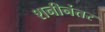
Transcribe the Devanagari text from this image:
शनीनंतर